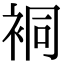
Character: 𧙥